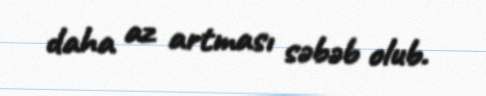
daha az artması səbəb olub.